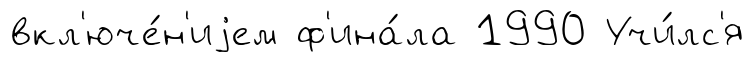
вкл'юче́н'иjем ф'ина́ла 1990 Учи́лс'я